Indian journal of veterinary science and animal husbandry - Volumes 15-17, 1948-1951
Year: 1948
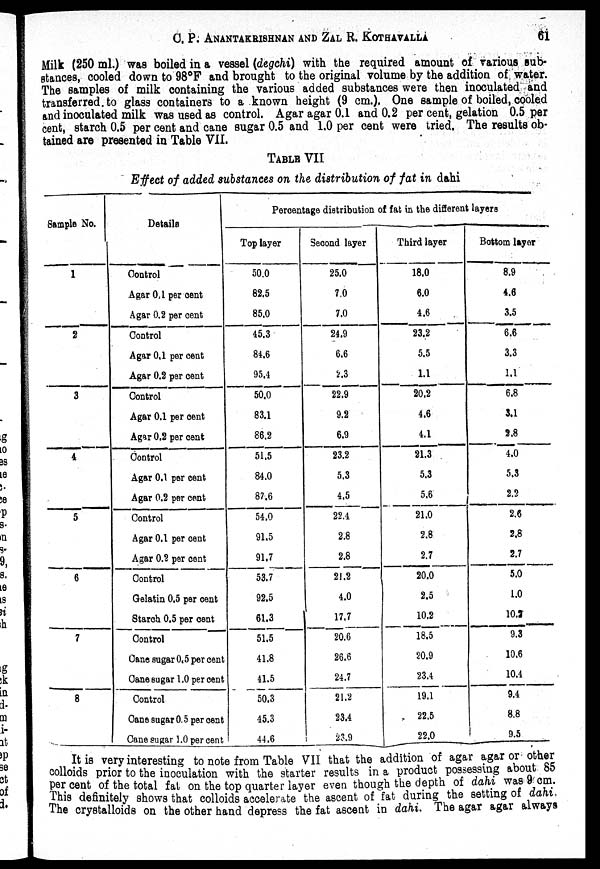
C. P. ANANTAKRISHNAN AND ZAL R.
KOTHAVALLA
61
Milk (250 ml.) was boiled in a vessel (degchi) with the required amount of various sub-
stances, cooled down to 98°F and brought to the original volume by the addition of water.
The samples of milk containing the various added substances were then inoculated and
transferred to glass containers to a known height (9 cm.). One sample of boiled, cooled
and inoculated milk was used as control. Agar agar 0.1 and 0.2 per cent, gelation 0.5 per
cent, starch 0.5 per cent and cane sugar 0.5 and 1.0 per cent were tried. The results ob-
tained are presented in Table VII.
TABLE VII
Effect of added substances on the distribution of fat in dahi
Sample No.
1
2
3
4
5
6
7
8
Details
Control
Agar 0.1 per cent
Agar 0.2 per cent
Control
Agar 0.1 per cent
Agar 0.2 per cent
Control
Agar 0.1 per cent
Agar 0.2 per cent
Control
Agar 0.1 per cent
Agar 0.2 per cent
Control
Agar 0.1 per cent
Agar 0.2 per cent
Control
Gelatin 0.5 per cent
Starch 0.5 per cent
Control
Cane sugar 0.5 per cent
Cane sugar 1.0 per cent
Control
Cane sugar 0.5 per cent
Cane sugar 1.0 per cent
Percentage distribution of fat in the different layers
Top layer
50.0
82.5
85.0
45.3
84.6
95.4
50.0
83.1
86.2
51.5
84.0
87.6
54.0
91.5
91.7
53.7
92.5
61.3
51.5
41.8
41.5
50.3
45.3
44.6
Second layer
25.0
7.0
7.0
24.9
6.6
2.3
22.9
9.2
6.9
23.2
5.3
4.5
22.4
2.8
2.8
21.2
4.0
17.7
20.6
26.6
24.7
21.2
23.4
23.9
Third layer
18.0
6.0
4.6
23.2
5.5
1.1
20.2
4.6
4.1
21.3
5.3
5.6
21.0
2.8
2.7
20.0
2.5
10.2
18.5
20.9
23.4
19.1
22.5
22.0
Bottom layer
8.9
4.6
3.5
6.6
3.3
1.1
6.8
3.1
2.8
4.0
5.3
2.2
2.6
2.8
2.7
5.0
1.0
10.2
9.3
10.6
10.4
9.4
8.8
9.5
It is very interesting to note from Table VII that the addition of agar agar or other
colloids prior to the inoculation with the starter results in a product possessing about 85
per cent of the total fat on the top quarter layer even though the depth of dahi was 9 cm.
This definitely shows that colloids accelerate the ascent of fat during the setting of dahi,
The crystalloids on the other hand depress the fat ascent in dahi. The agar agar always